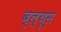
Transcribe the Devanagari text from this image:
ब्ल्यूस